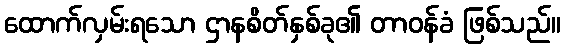
ထောက်လှမ်းရသော ဌာနစိတ်နှစ်ခု၏ တာဝန်ခံ ဖြစ်သည်။